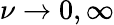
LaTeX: \nu\to 0,\infty